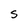
Character: S